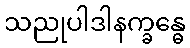
သညုပါဒါနက္ခန္ဓေ